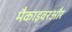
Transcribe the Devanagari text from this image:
मैकाइवरऔर